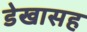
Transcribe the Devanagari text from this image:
डेखासह